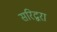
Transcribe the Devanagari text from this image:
सरिद्वरा